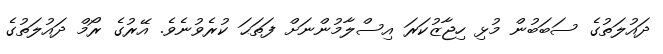
ދައުލަތުގެ ސަބަބުން މުޅި ހިޖާޒުކަރަ އިސްލާމުންނަށް ފަތަޙަ ކުރެވުނެވެ. އޭރުގެ ރޯމް ދައުލަތުގެ